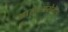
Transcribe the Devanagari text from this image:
आरोग्यसेवेस